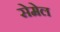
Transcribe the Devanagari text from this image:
सेमेल